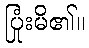
ပြုံးမိ၏။